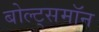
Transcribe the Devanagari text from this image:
बोल्ट्समॉन